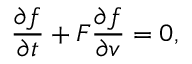
\frac { \partial f } { \partial t } + F \frac { \partial f } { \partial v } = 0 ,